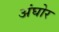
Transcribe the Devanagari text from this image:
अंघोर